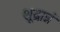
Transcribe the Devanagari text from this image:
शूद्रान्नं